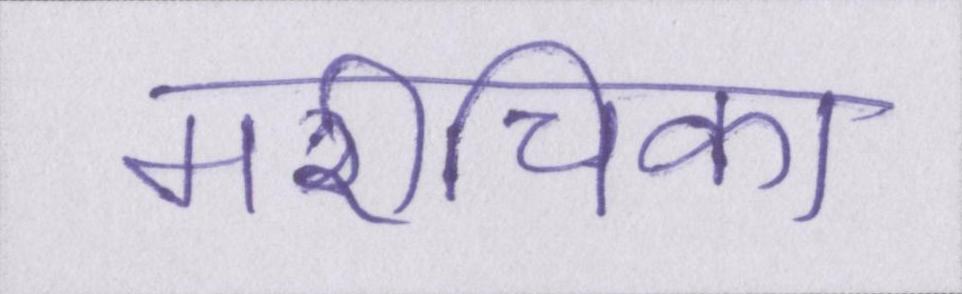
मरीचिका